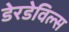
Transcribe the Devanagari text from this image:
डेरडेविल्स